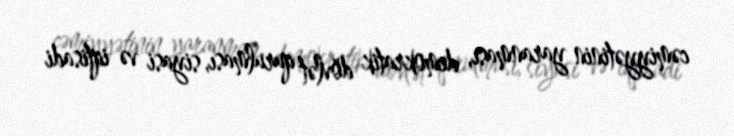
cəmiyyətinin yaranması, demokratik dövlət qurulması, siyasi və iqtisadi